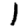
Digit: 1